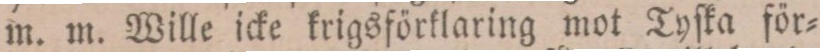
m. m. Wille icke krigsförklaring mot Tyſka för=